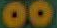
00